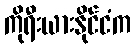
ကိုရီးယားနိုင်ငံက